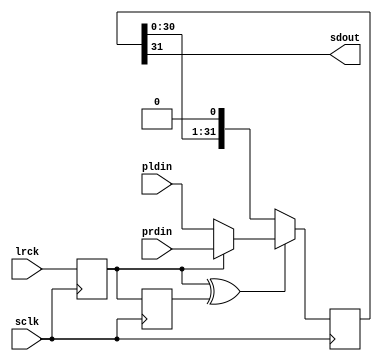
module i2s_tx #(
    parameter WIDTH = 32
) (
    input wire lrck,
    input wire sclk,

    output wire sdout,

    input wire [WIDTH - 1 : 0] pldin,
    input wire [WIDTH - 1 : 0] prdin
);
    // LRCK delayed by 1 SCLK cyle
    reg lrck_d1;
    // LRCK delayed by 2 SCLK cycles
    reg lrck_d2;

    always @(posedge sclk) begin
        lrck_d1 <= lrck;
        lrck_d2 <= lrck_d1;
    end

    // LRCK pulse
    wire lrck_p;

    assign lrck_p = lrck_d1 ^ lrck_d2;

    // Get input parallel data
    reg [WIDTH - 1 : 0] pdata;

    always @(*) begin
        if (lrck_d1) begin
            pdata = prdin;
        end else begin
            pdata = pldin;
        end
    end

    // Shift input parallel data
    reg [WIDTH - 1 : 0] piso;

    always @(negedge sclk) begin
        if (lrck_p) begin
            piso <= pdata;
        end else begin
            piso <= {piso[WIDTH - 2 : 0], 1'b0};
        end
    end

    // Set output serial data
    assign sdout = piso[WIDTH - 1 : WIDTH - 1];

endmodule